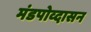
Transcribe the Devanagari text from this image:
मंडपोव्दासन